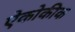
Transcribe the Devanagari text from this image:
ऐकोकीक